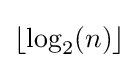
{\textstyle \lfloor \log _{2}(n)\rfloor }